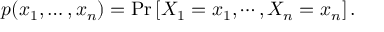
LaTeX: p ( x _ { 1 } , \ldots , x _ { n } ) = \operatorname* { P r } \left[ X _ { 1 } = x _ { 1 } , \cdots , X _ { n } = x _ { n } \right] .